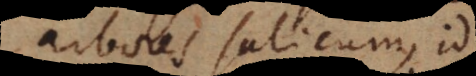
arbores salicum, id